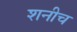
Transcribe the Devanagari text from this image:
शनीच